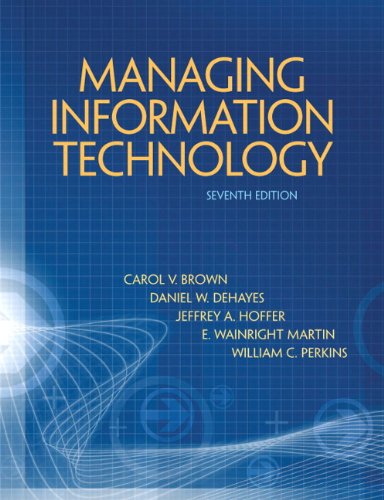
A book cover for Managing Information Technology (7th Edition); Carol V. Brown; Business & Money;